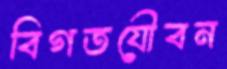
বিগতযৌবন